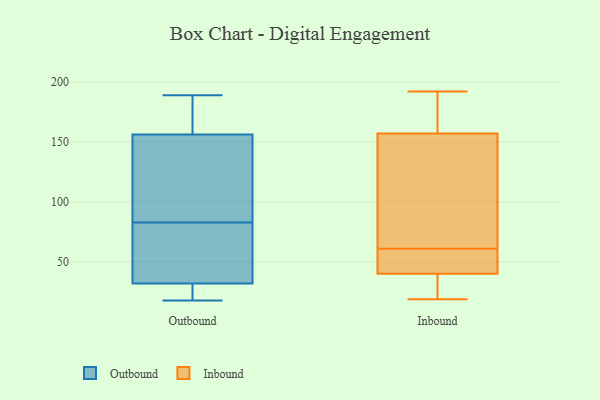
{"axis": {"x": "Temperature (°C)", "y": "Value"}, "legend": ["Inbound", "Outbound"], "data": [{"x": "", "y": 83, "type": "Outbound"}, {"x": "", "y": 26, "type": "Outbound"}, {"x": "", "y": 189, "type": "Outbound"}, {"x": "", "y": 34, "type": "Outbound"}, {"x": "", "y": 72, "type": "Outbound"}, {"x": "", "y": 18, "type": "Outbound"}, {"x": "", "y": 167, "type": "Outbound"}, {"x": "", "y": 58, "type": "Outbound"}, {"x": "", "y": 153, "type": "Outbound"}, {"x": "", "y": 117, "type": "Outbound"}, {"x": "", "y": 166, "type": "Outbound"}, {"x": "", "y": 138, "type": "Outbound"}, {"x": "", "y": 22, "type": "Outbound"}, {"x": "", "y": 118, "type": "Inbound"}, {"x": "", "y": 61, "type": "Inbound"}, {"x": "", "y": 192, "type": "Inbound"}, {"x": "", "y": 188, "type": "Inbound"}, {"x": "", "y": 22, "type": "Inbound"}, {"x": "", "y": 19, "type": "Inbound"}, {"x": "", "y": 56, "type": "Inbound"}, {"x": "", "y": 170, "type": "Inbound"}, {"x": "", "y": 56, "type": "Inbound"}, {"x": "", "y": 72, "type": "Inbound"}, {"x": "", "y": 35, "type": "Inbound"}]}